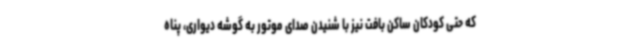
که حتی کودکان ساکن بافت نیز با شنیدن صدای موتور به گوشه دیواری، پناه